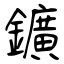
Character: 鑛